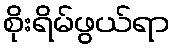
စိုးရိမ်ဖွယ်ရာ